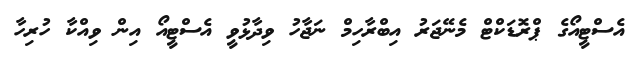
އެސްޓީއޯގެ ޕްރޮޑަކްޓް މެނޭޖަރު އިބްރާހިމް ނަޖާހު ވިދާޅުވީ އެސްޓީއޯ އިން ވިއްކާ ހުރިހާ